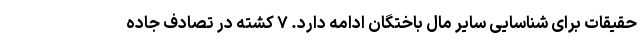
حقیقات برای شناسایی سایر مال باختگان ادامه دارد. ۷ کشته در تصادف جاده